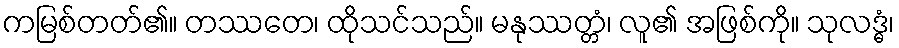
ကမြစ်တတ်၏။ တဿတေ၊ ထိုသင်သည်။ မနုဿတ္တံ၊ လူ၏ အဖြစ်ကို။ သုလဒ္ဓံ၊